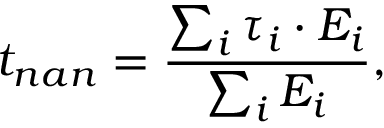
t _ { n a n } = \frac { \sum _ { i } \tau _ { i } \cdot E _ { i } } { \sum _ { i } E _ { i } } ,